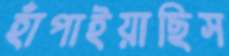
হাঁপাইয়াছিস